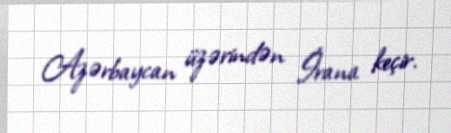
Azərbaycan üzərindən İrana keçir.